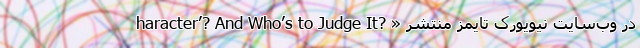
haracter’? And Who’s to Judge It? » در وب‌سایت نیویورک تایمز منتشر